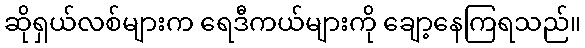
ဆိုရှယ်လစ်များက ရေဒီကယ်များကို ချော့နေကြရသည်။